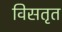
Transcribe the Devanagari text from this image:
विसतृत